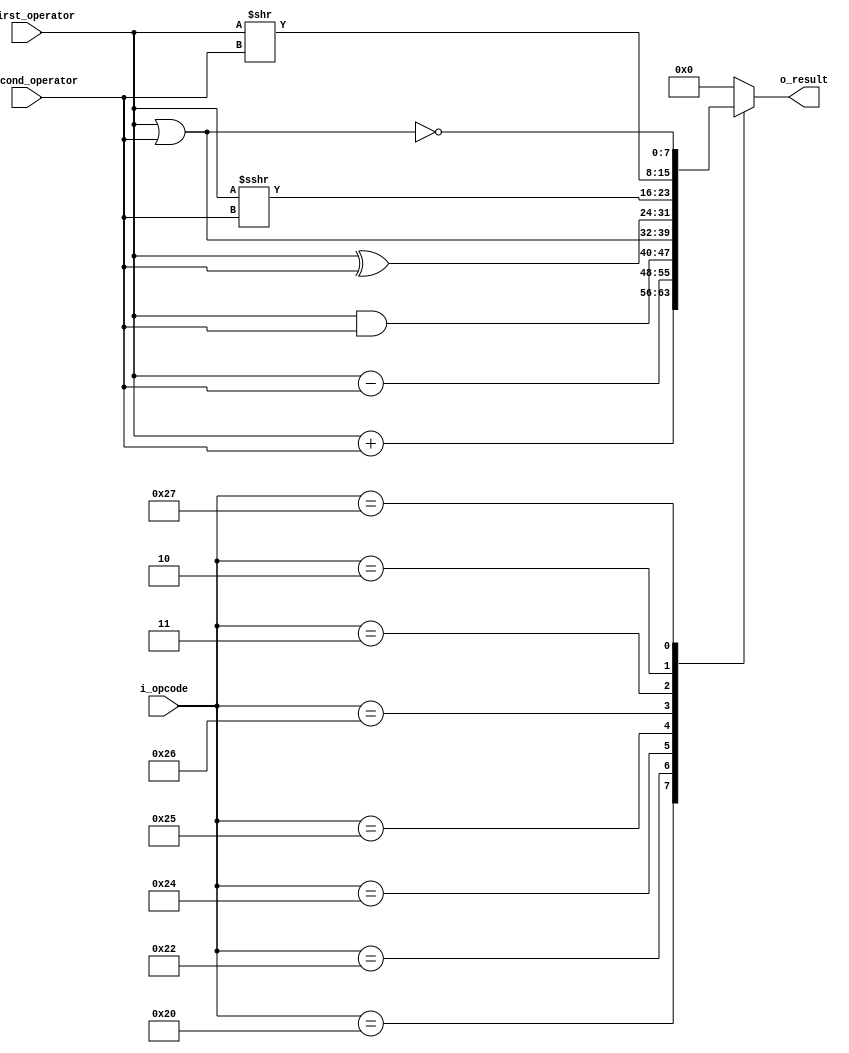
`timescale 1ns/100ps

module alu
#(
    parameter                                       NB_DATA_BUS   = 8,
    parameter                                       NB_OPCODE     = 6    
)
(
    input wire signed       [NB_DATA_BUS-1 : 0]     i_first_operator,
    input wire signed       [NB_DATA_BUS-1 : 0]     i_second_operator,
    input wire signed       [NB_OPCODE-1 : 0]       i_opcode,
    output reg              [NB_DATA_BUS-1 : 0]     o_result
);

    localparam              [NB_OPCODE-1 : 0]       ADD = 6'b100000;
    localparam              [NB_OPCODE-1 : 0]       SUB = 6'b100010;
    localparam              [NB_OPCODE-1 : 0]       AND = 6'b100100;
    localparam              [NB_OPCODE-1 : 0]       OR  = 6'b100101;
    localparam              [NB_OPCODE-1 : 0]       XOR = 6'b100110;
    localparam              [NB_OPCODE-1 : 0]       SRA = 6'b000011;
    localparam              [NB_OPCODE-1 : 0]       SRL = 6'b000010;
    localparam              [NB_OPCODE-1 : 0]       NOR = 6'b100111;

always @ * 
begin
        case(i_opcode)
            
            ADD: o_result = i_first_operator + i_second_operator;
            SUB: o_result = i_first_operator - i_second_operator;
            AND: o_result = i_first_operator & i_second_operator;
            OR:  o_result = i_first_operator | i_second_operator;
            XOR: o_result = i_first_operator ^ i_second_operator;
            SRA: o_result = i_first_operator >>> i_second_operator;
            SRL: o_result = i_first_operator >> i_second_operator;
            NOR: o_result = ~(i_first_operator | i_second_operator);
            
            default: o_result = 6'b000000;
        
        endcase
end

endmodule